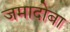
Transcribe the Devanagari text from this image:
जमादोबा